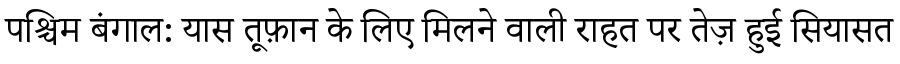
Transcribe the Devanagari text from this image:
पश्चिम बंगाल: यास तूफ़ान के लिए मिलने वाली राहत पर तेज़ हुई सियासत